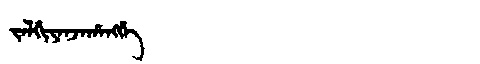
Manchu: ᠵᠠᠯᡤᡳᠶᠠᠨᠵᠠᡥᠠᠩᡤᡝ
Romanization: JALGIYANJAHANGGE